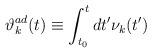
LaTeX: \begin{align*}{\vartheta}_k^{ad}(t) \equiv \int_{t_0}^t dt^{\prime} {\nu}_k(t^{\prime})\end{align*}